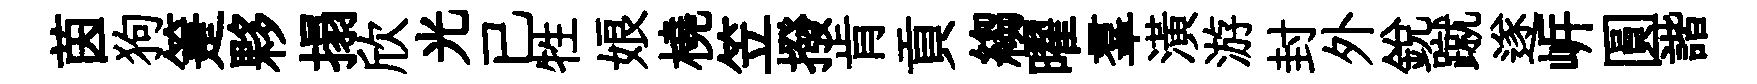
茵狗箑夥搨欣光已牲娘橈笠撥肯貢縐曜羣潢游封外銳蹴遂㟁圓諧